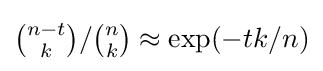
\textstyle {\binom {n-t}{k}}/{\binom {n}{k}}\approx \exp(-tk/n)